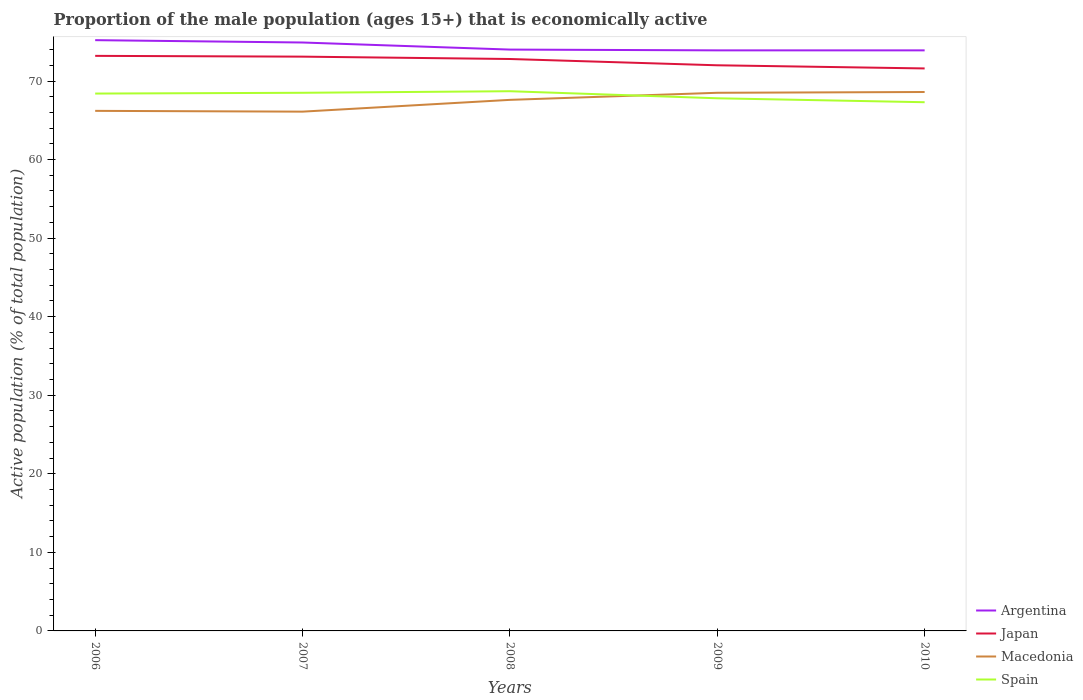
| Years | Argentina | Japan | Macedonia | Spain |
 | --- | --- | --- | --- | --- |
 | 2006 | 75.2 | 73.2 | 66.2 | 68.4 |
 | 2007 | 74.9 | 73.1 | 66.1 | 68.5 |
 | 2008 | 74 | 72.8 | 67.6 | 68.7 |
 | 2009 | 73.9 | 72 | 68.5 | 67.8 |
 | 2010 | 73.9 | 71.6 | 68.6 | 67.3 |